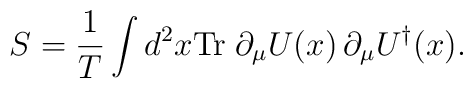
S={1\over T} \int d^2x {\rm Tr} \;\partial_\mu U(x) \, \partial_\mu U^\dagger(x).